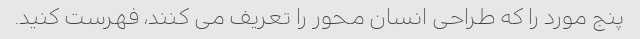
پنج مورد را که طراحی انسان محور را تعریف می کنند، فهرست کنید.